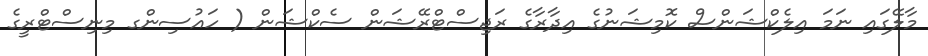
މާލޭގައި ނަމަ އިލެކްޝަންސް ކޮމިޝަނުގެ އިދާރާގެ ރަޖިސްޓްރޭޝަން ސެކްޝަން ( ހައުސިންގ މިނިސްޓްރީގެ